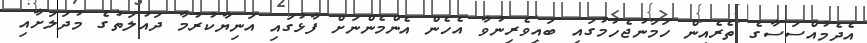
އެދެމުއްސަސާގެ ތެރެއިން ހަމަނުޖެހުމުގައި ބައިވެރިނުވާ އެހެން އެންމެންނަށް ފާޅުގައި އަނިޔާކުރުމާ ދައުލަތުގެ މުދަލަށާއި